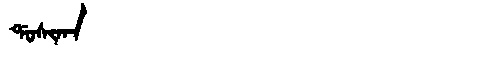
Manchu: ᡩᠣᠰᡳᡴᠠ
Romanization: DOSIKA